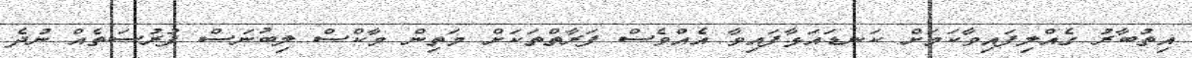
އިތުބާރު ގެއްލިފައިވާކަމަށް ކަނޑައަޅާފައިވާ އެއްވެސް ފަރާތްތަކަށް މަތިން މާކްސް ލިބުނަސް ފުރުސަތެއް ނުދެ